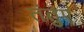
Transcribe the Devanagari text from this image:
तंतुएं